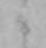
か